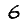
Digit: 6